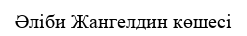
Әліби Жангелдин көшесі